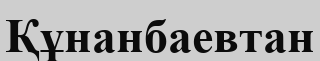
Құнанбаевтан